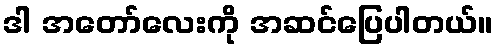
ဒါ အတော်လေးကို အဆင်ပြေပါတယ်။